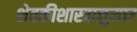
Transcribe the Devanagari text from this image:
शेतकीशास्त्रानुसार